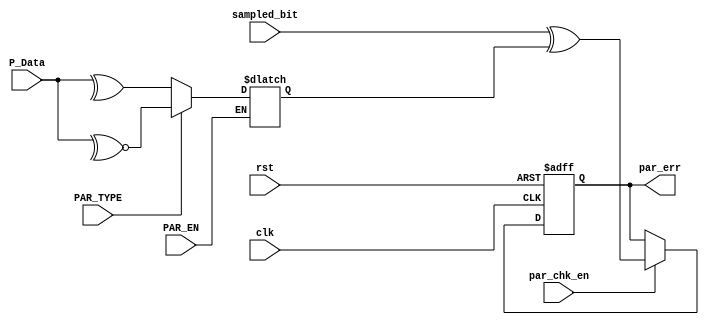
module Parity_check(

input	wire			clk,
input	wire			rst,
input	wire			PAR_TYPE,
input	wire			PAR_EN,
input	wire			par_chk_en,
input	wire			sampled_bit,
input	wire	[7:0]		P_Data,
output	reg			par_err
);

reg		parity_bit ;

localparam even = 1'b0;
localparam odd  = 1'b1;

always@(*)
begin
if(PAR_EN)
begin
	case (PAR_TYPE)
	
even:
	begin
	parity_bit <= ^(P_Data);
	end
	
odd:
	begin
    parity_bit <= ~^(P_Data);
	end
	
	endcase
end
end


always@(posedge clk or negedge rst)
begin

if (!rst)
begin
par_err <= 1'b0;
end

else if (par_chk_en)
begin
par_err <= sampled_bit ^ parity_bit ;
end


end
endmodule